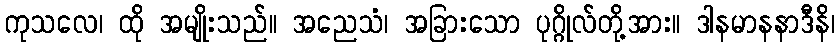
ကုသလေ၊ ထို အမျိုးသည်။ အညေသံ၊ အခြားသော ပုဂ္ဂိုလ်တို့အား။ ဒါနမာနနာဒီနိ၊